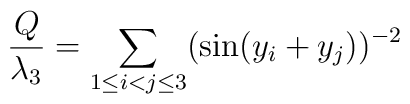
\frac{Q}{\lambda_3} = \sum_{1 \le i < j \le 3} (\sin (y_i+y_j))^{-2}